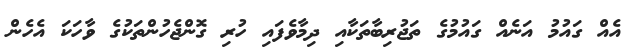
އެއް ގައުމު އަނެއް ގައުމުގެ ތަޖުރިބާތަކާއި ދިމާވެފައި ހުރި ގޮންޖެހުންތަކުގެ ވާހަކަ އެހެން